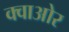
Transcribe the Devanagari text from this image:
क्वाओर